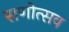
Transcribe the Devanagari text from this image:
सणोत्सव